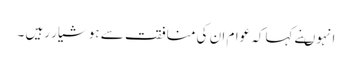
انہوںنے کہاکہ عوام ان کی منافقت سے ہوشیار رہیں ۔